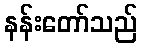
နန်းတော်သည်